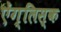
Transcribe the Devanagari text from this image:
ऐंग्लिस्क